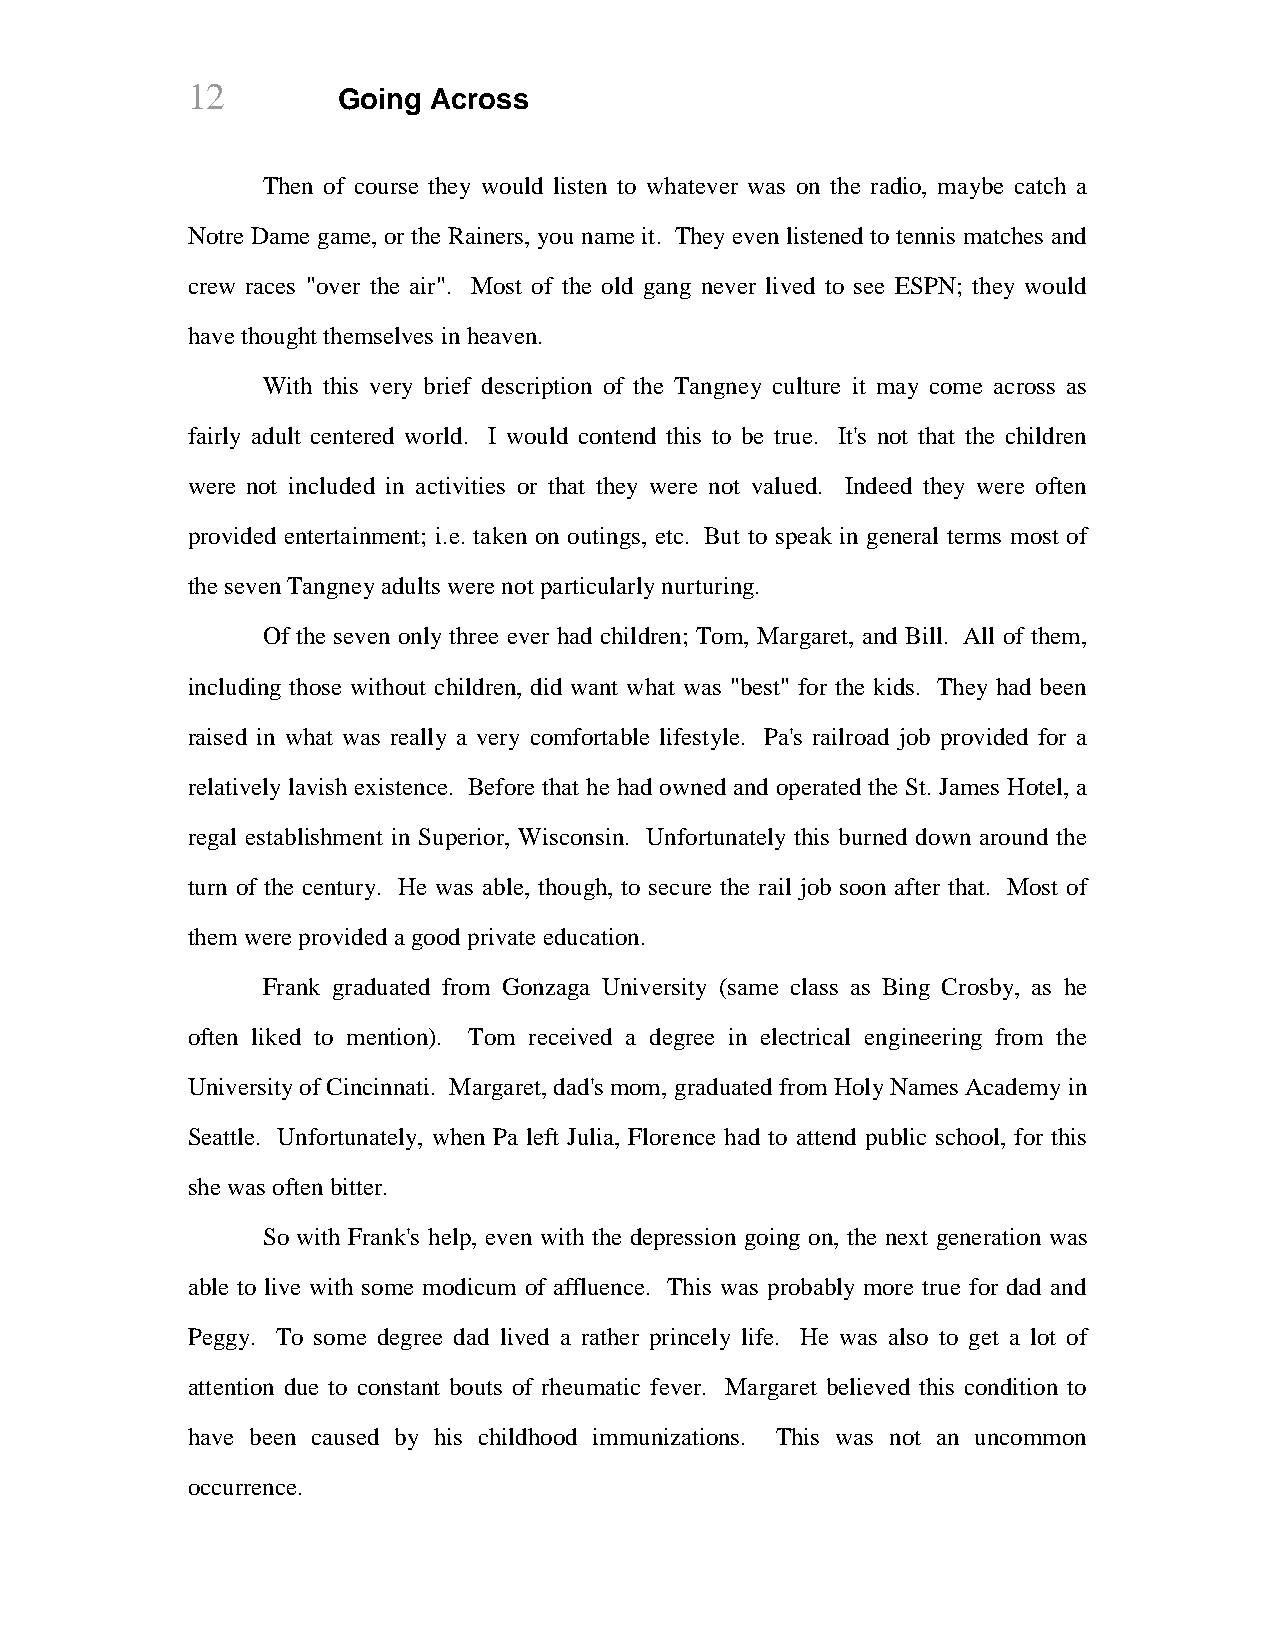
12        Going Across
 Then of course they would listen to whatever was on the radio, maybe catch a
 Notre Dame game, or the Rainers, you name it. They even listened to tennis matches and
 crew races "over the air". Most of the old gang never lived to see ESPN; they would
 have thought themselves in heaven.
 With this very brief description of the Tangney culture it may come across as
 fairly adult centered world. I would contend this to be true. It's not that the children
 were not included in activities or that they were not valued. Indeed they were often
 provided entertainment; i.e. taken on outings, etc. But to speak in general terms most of
 the seven Tangney adults were not particularly nurturing.
 Of the seven only three ever had children; Tom, Margaret, and Bill. All of them,
 including those without children, did want what was "best" for the kids. They had been
 raised in what was really a very comfortable lifestyle. Pa's railroad job provided for a
 relatively lavish existence. Before that he had owned and operated the St. James Hotel, a
 regal establishment in Superior, Wisconsin. Unfortunately this burned down around the
 turn of the century. He was able, though, to secure the rail job soon after that. Most of
 them were provided a good private education.
 Frank graduated from Gonzaga University (same class as Bing Crosby, as he
 often liked to mention). Tom received a degree in electrical engineering from the
 University of Cincinnati. Margaret, dad's mom, graduated from Holy Names Academy in
 Seattle. Unfortunately, when Pa left Julia, Florence had to attend public school, for this
 she was often bitter.
 So with Frank's help, even with the depression going on, the next generation was
 able to live with some modicum of affluence. This was probably more true for dad and
 Peggy. To some degree dad lived a rather princely life. He was also to get a lot of
 attention due to constant bouts of rheumatic fever. Margaret believed this condition to
 have been caused by his childhood immunizations. This was not an uncommon
 occurrence.